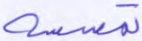
تمسسه